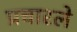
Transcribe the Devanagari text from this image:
प्रचारले